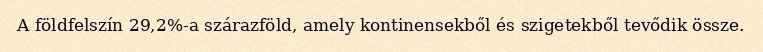
A földfelszín 29,2%-a szárazföld, amely kontinensekből és szigetekből tevődik össze.